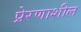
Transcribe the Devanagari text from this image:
प्रेरणाशील